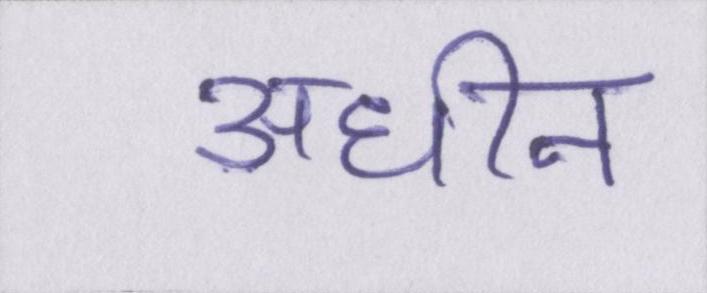
अधीन